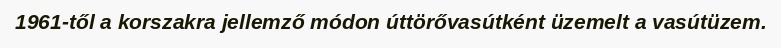
1961-től a korszakra jellemző módon úttörővasútként üzemelt a vasútüzem.